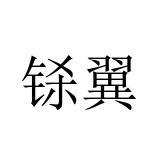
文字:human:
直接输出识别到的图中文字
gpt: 铩翼